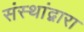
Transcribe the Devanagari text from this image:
संस्थांद्वारा